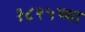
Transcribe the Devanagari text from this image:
१८२५च्या